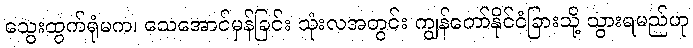
သွေးထွက်ရုံမက၊ သေအောင်မှန်ခြင်း သုံးလအတွင်း ကျွန်တော်နိုင်ငံခြားသို့ သွားရမည်ဟု